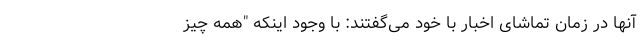
آنها در زمان تماشای اخبار با خود می‌گفتند: با وجود اینکه "همه چیز